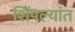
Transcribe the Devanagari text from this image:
शिंपल्यांत